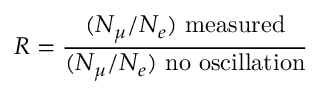
R = { \frac { ( N _ { \mu } / N _ { e } ) \mathrm { ~ m e a s u r e d } } { ( N _ { \mu } / N _ { e } ) \mathrm { ~ n o ~ o s c i l l a t i o n } } }